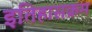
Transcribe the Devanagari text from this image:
इतिहासक्रम